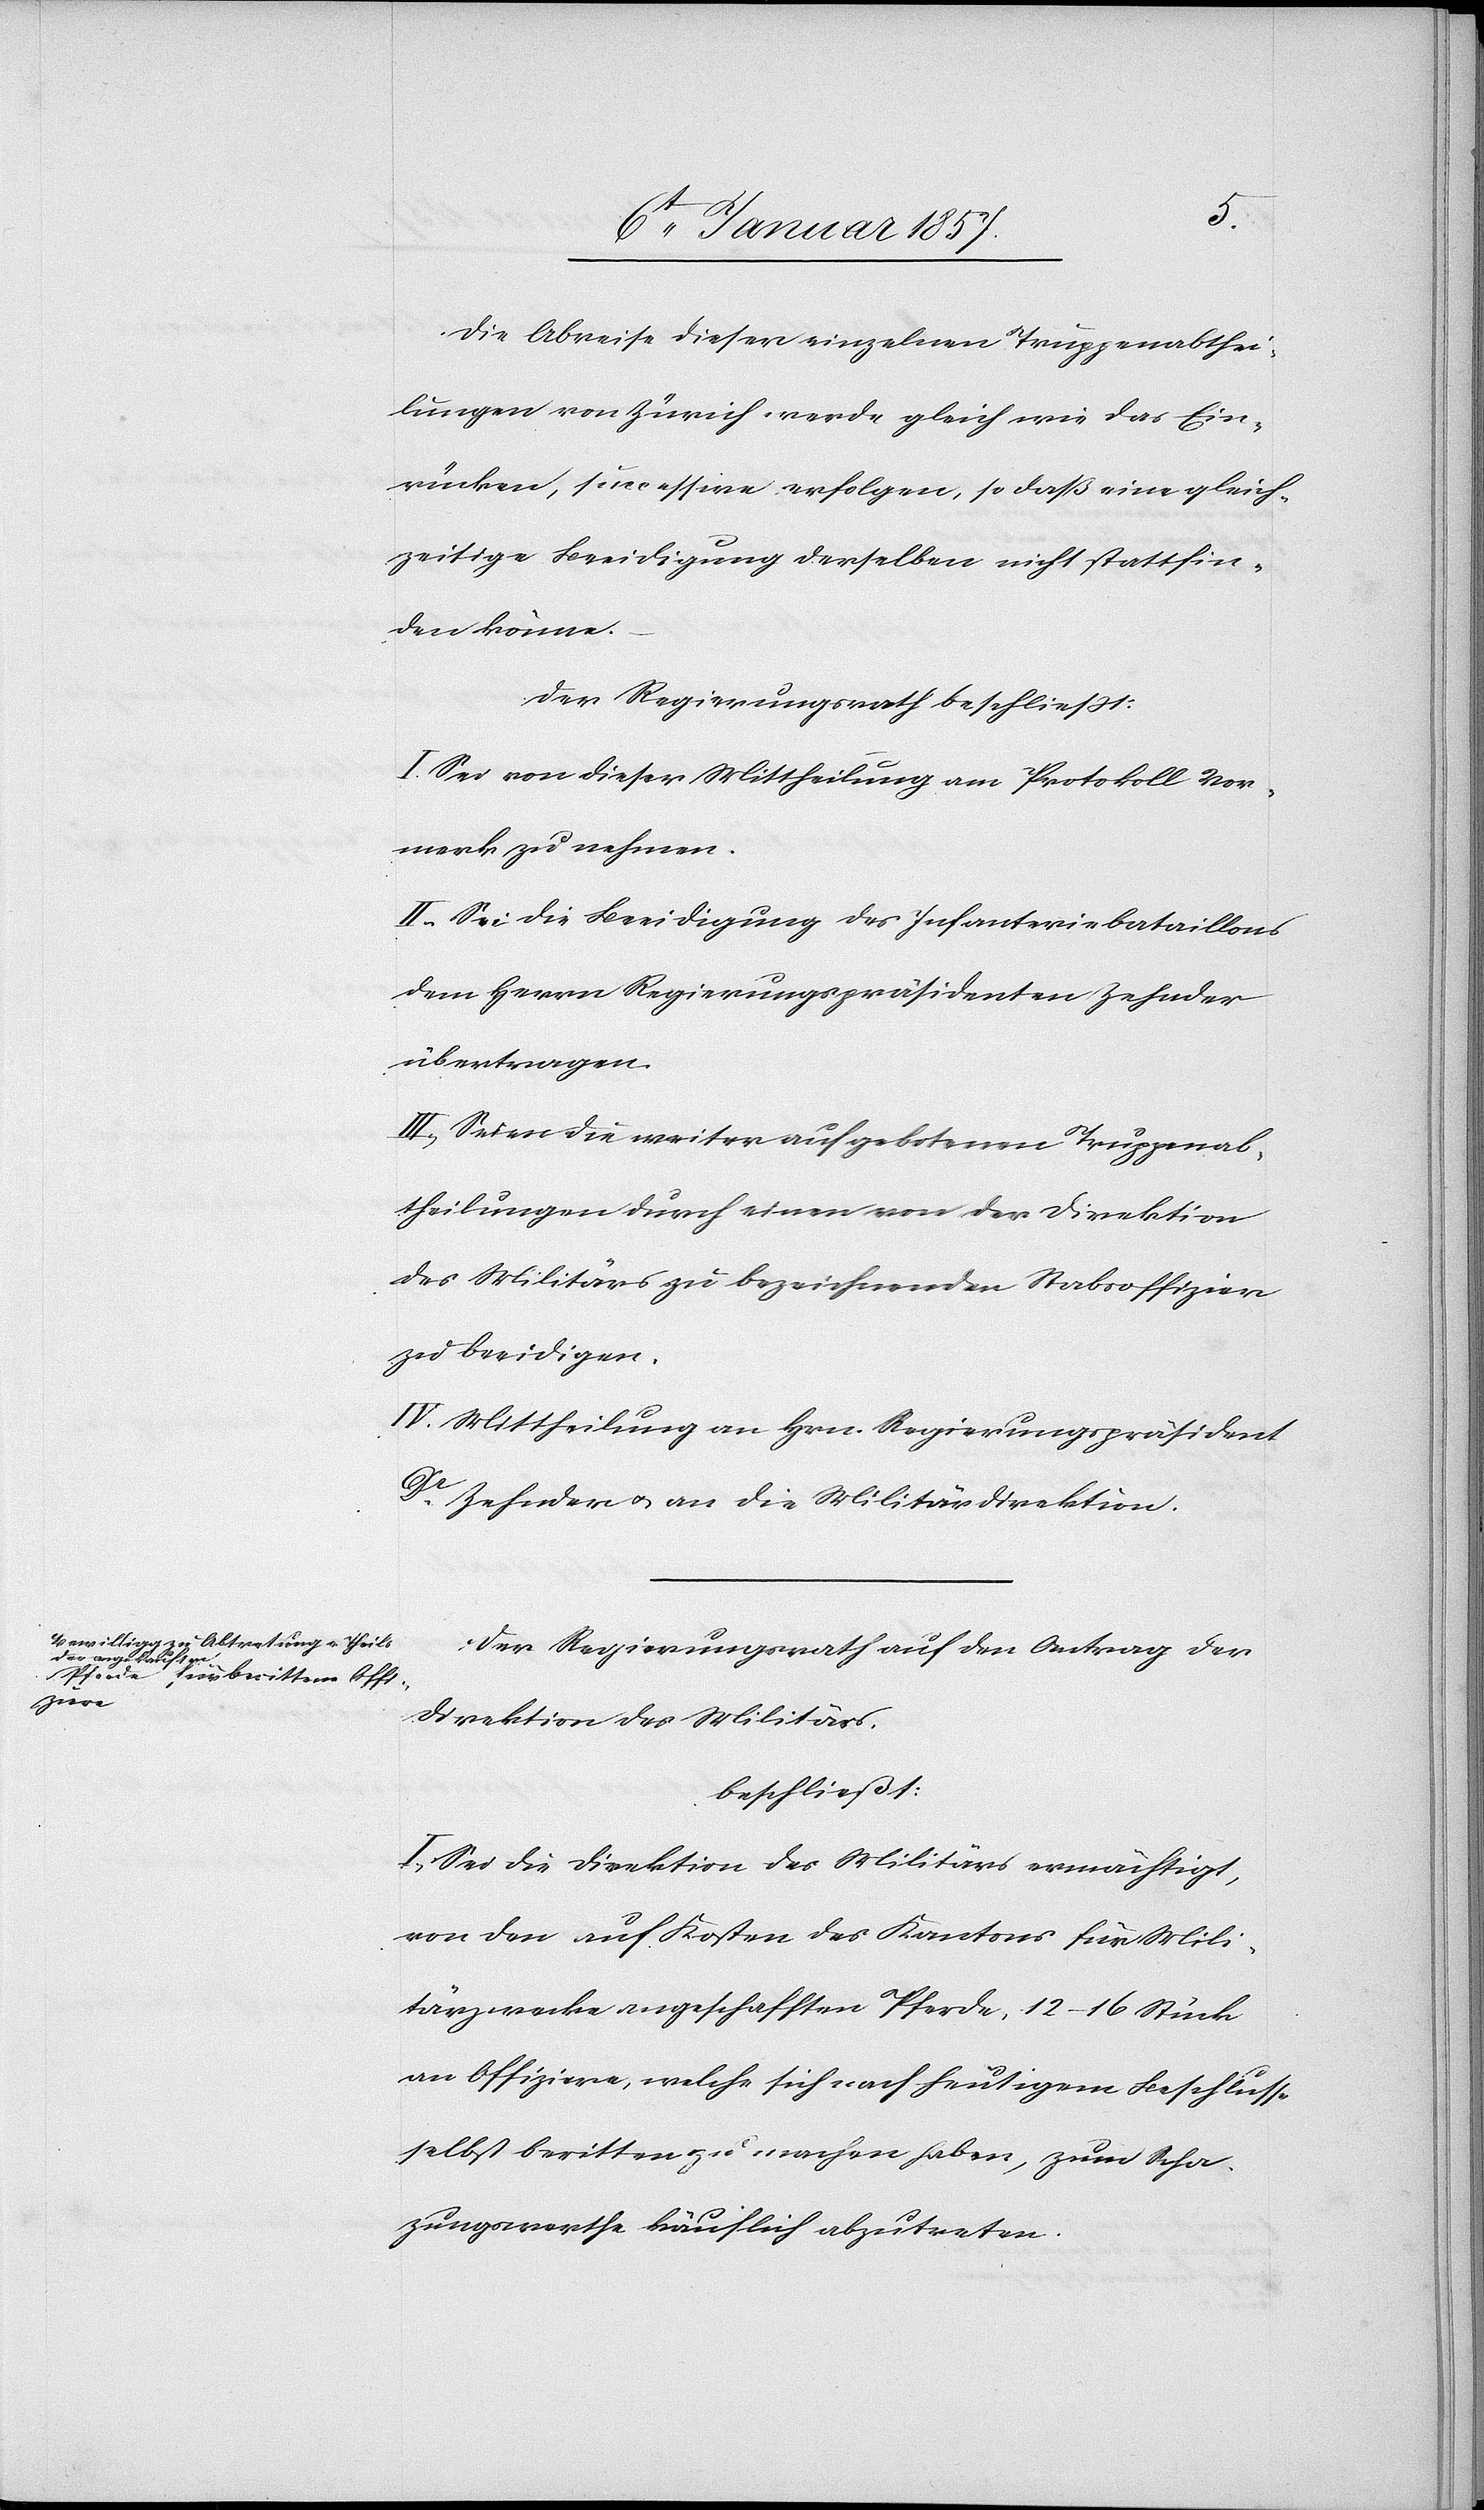
Die Abreise dieser einzelnen Truppenabthei¬
lungen von Zürich, werde gleich wie das Ein¬
rücken, successive erfolgen, so daß eine gleich¬
zeitige Beeidigung derselben nicht stattfin¬
den könne. –
Der Regierungsrath beschließt:
I. Sei von dieser Mittheilung am Protokoll Vor¬
merk zu nehmen.
II. Sei die Beeidigung des Infanteriebataillons
dem Herrn Regierungspräsidenten Zehnder
übertragen.
III. Seien die weiter aufgebotenen Truppenab¬
theilungen durch einen von der Direktion
des Militärs zu bezeichnenden Stabsoffizier
zu beeidigen.
IV. Mittheilung an Hrn. Regierungspräsident
Dr.
Zehnder u. an die Militärdirektion.
Der Regierungsrath auf den Antrag der
Direktion des Militärs.
beschließt:
I. Sei die Direktion des Militärs ermächtigt,
von den auf Kosten des Kantons für Mili¬
tärzwecke angeschafften Pferde, 12–16 Stück
an Offiziere, welche sich nach heutigem Beschlusse
selbst beritten zu machen haben, zum Scha¬
zungswerthe käuflich abzutreten.